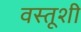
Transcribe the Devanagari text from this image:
वस्तूशी